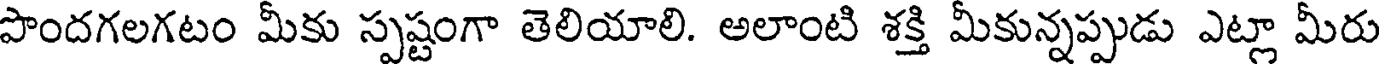
పొందగలగటం మీకు స్పష్టంగా తెలియాలి. అలాంటి శక్తి మీకున్నప్పుడు ఎట్లా మీరు